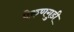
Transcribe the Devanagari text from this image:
पेरुणगुडी